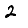
Digit: 2